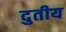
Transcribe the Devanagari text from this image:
दुतीय